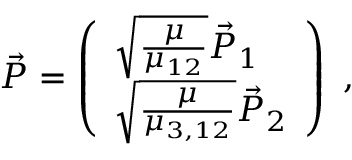
\vec { P } = \left( \begin{array} { l } { \sqrt { \frac { \mu } { \mu _ { 1 2 } } } \vec { P } _ { 1 } } \\ { \sqrt { \frac { \mu } { \mu _ { 3 , 1 2 } } } \vec { P } _ { 2 } } \end{array} \right) ~ ,